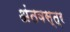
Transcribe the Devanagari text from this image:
अंतवस्त्र